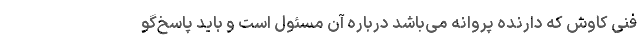
فنی کاوش که دارنده پروانه می‌باشد درباره آن مسئول است و باید پاسخ‌گو